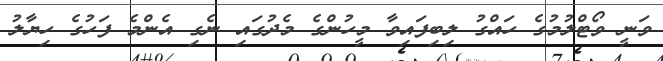
ވަނީ ވޯޓްލުމުގެ ހައްގު ލިބިފައިވާ މީހުންގެ މެދުގައި ނެގި އެންމެ ފަހުގެ ހިޔާލު